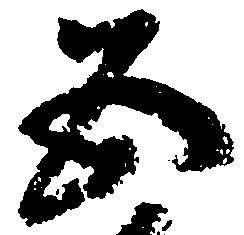
五